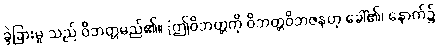
ခွဲခြားမှု သည် ဝိဘတ္တမည်၏။ [ဤဝိဘတ္တကို ဝိဘတ္တဝိဘဇနဟု ခေါ်၏၊ နောက်၌